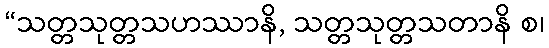
“သတ္တသုတ္တသဟဿာနိ, သတ္တသုတ္တသတာနိ စ၊